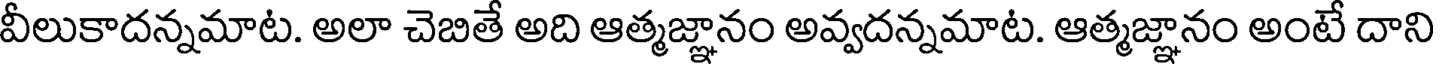
వీలుకాదన్నమాట. అలా చెబితే అది ఆత్మజ్ఞానం అవ్వదన్నమాట. ఆత్మజ్ఞానం అంటే దాని